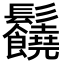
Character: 𩰈